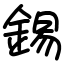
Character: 錫